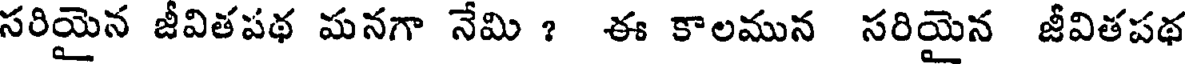
సరియైన జీవితపథ మనగా నేమి ? ఈ కాలమున సరియైన జీవితపథ